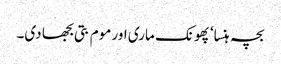
بچہ ہنسا‘ پھونک ماری اور موم بتی بجھا دی۔